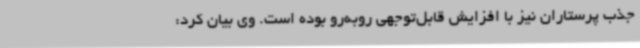
جذب پرستاران نیز با افزایش قابل‌توجهی روبه‌رو بوده است. وی بیان کرد: